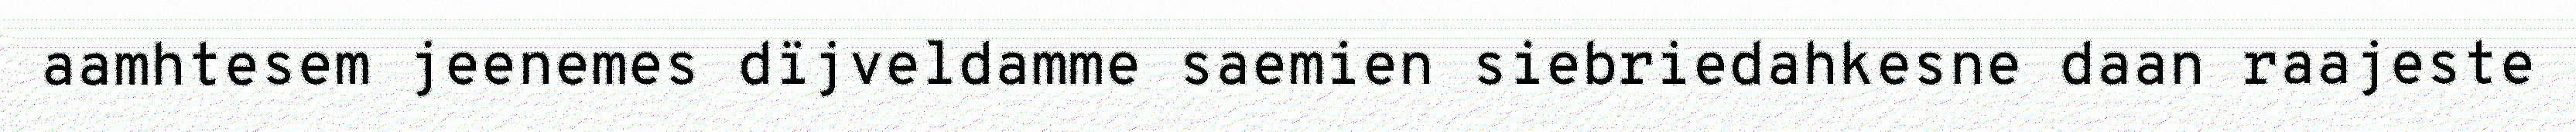
aamhtesem jeenemes dïjveldamme saemien siebriedahkesne daan raajeste